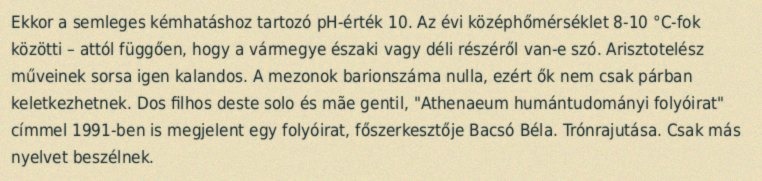
Ekkor a semleges kémhatáshoz tartozó pH-érték 10. Az évi középhőmérséklet 8-10 °C-fok közötti – attól függően, hogy a vármegye északi vagy déli részéről van-e szó. Arisztotelész műveinek sorsa igen kalandos. A mezonok barionszáma nulla, ezért ők nem csak párban keletkezhetnek. Dos filhos deste solo és mãe gentil, "Athenaeum humántudományi folyóirat" címmel 1991-ben is megjelent egy folyóirat, főszerkesztője Bacsó Béla. Trónrajutása. Csak más nyelvet beszélnek.